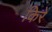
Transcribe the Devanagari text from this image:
किरें